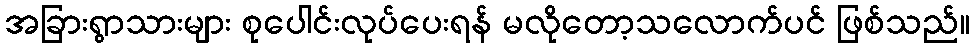
အခြားရွာသားများ စုပေါင်းလုပ်ပေးရန် မလိုတော့သလောက်ပင် ဖြစ်သည်။